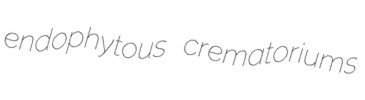
endophytous crematoriums